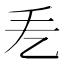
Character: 𢩥